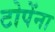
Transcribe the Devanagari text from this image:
टोपेंना